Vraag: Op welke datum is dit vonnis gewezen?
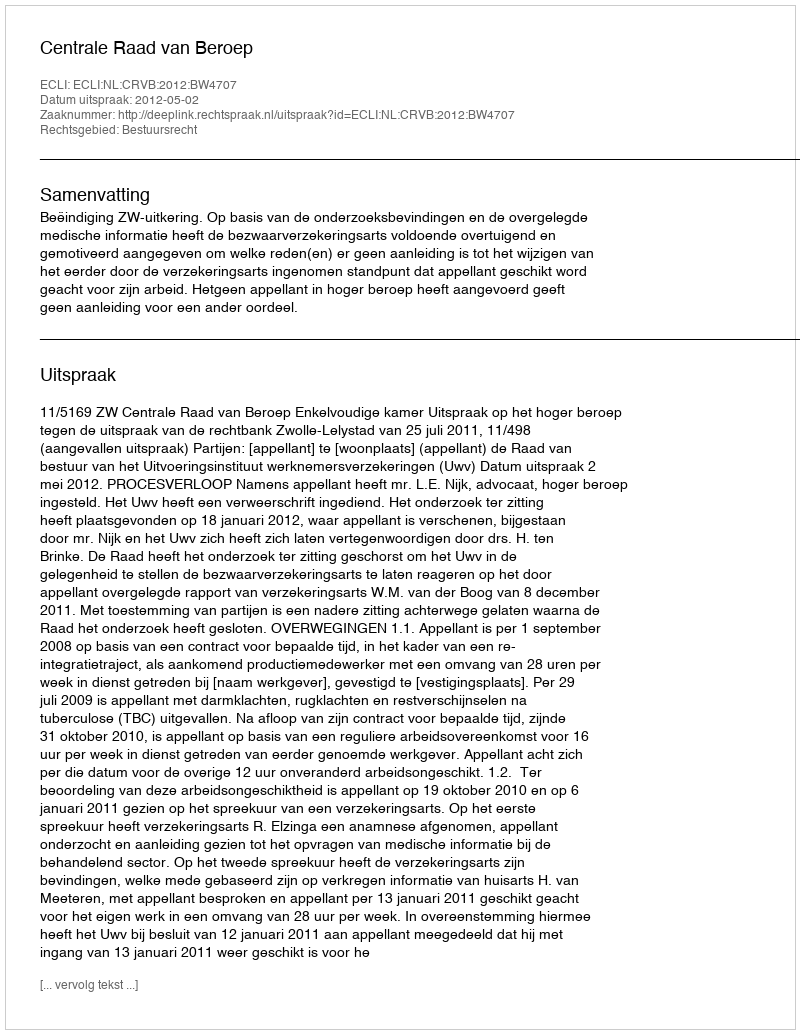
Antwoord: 2012-05-02